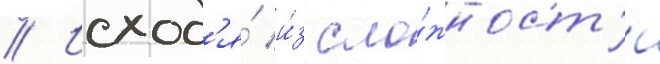
// Исход'я́ и́з сло́жност'и